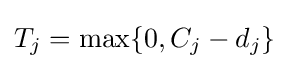
T_{j}=\max\{0,C_{j}-d_{j}\}